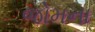
જોમના